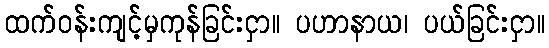
ထက်ဝန်းကျင့်မှကုန်ခြင်းငှာ။ ပဟာနာယ၊ ပယ်ခြင်းငှာ။